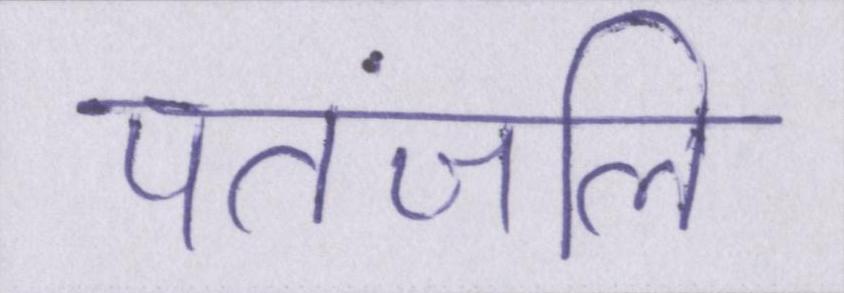
पतंजलि